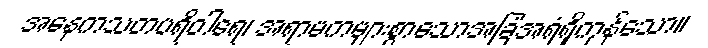
အနေကသတပရိဝါရေ၊ အရာမကများစွာသောအခြံအရံရှိကုန်သော။